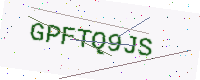
Text: GPFTQ9JS